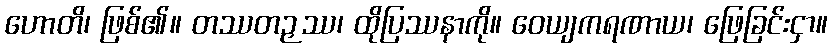
ဟောတိ၊ ဖြစ်၏။ တဿတဉှဿ၊ ထိုပြဿနာကို။ ဝေယျကရဏာယ၊ ဖြေခြင်းငှာ။